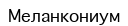
Меланкониум